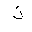
Letter: _thal